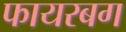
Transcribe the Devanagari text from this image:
फायरबग